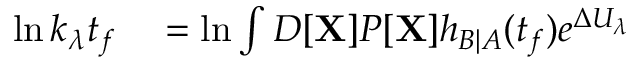
\begin{array} { r l } { \ln k _ { \lambda } t _ { f } } & { { } = \ln \int D [ \mathbf { X } ] P [ \mathbf { X } ] h _ { B | A } ( t _ { f } ) e ^ { \Delta U _ { \lambda } } } \end{array}